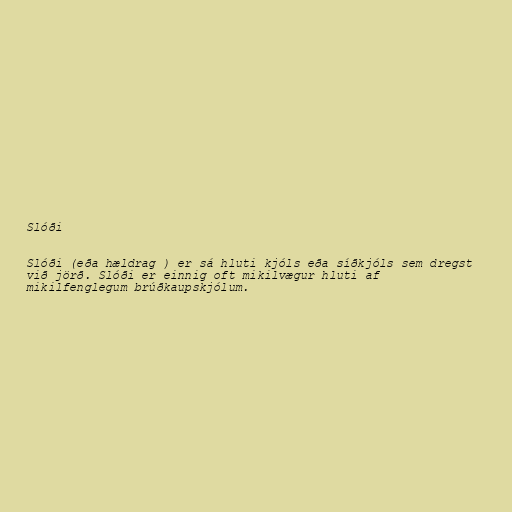
Slóði

Slóði (eða hældrag ) er sá hluti kjóls eða síðkjóls sem dregst
við jörð. Slóði er einnig oft mikilvægur hluti af
mikilfenglegum brúðkaupskjólum.